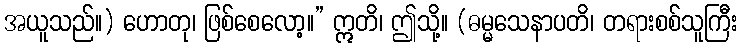
အယူသည်။) ဟောတု၊ ဖြစ်စေလော့။” ဣတိ၊ ဤသို့။ (ဓမ္မသေနာပတိ၊ တရားစစ်သူကြီး